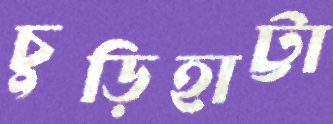
চুড়িহাট্টা